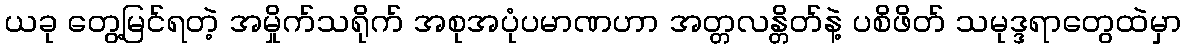
ယခု တွေ့မြင်ရတဲ့ အမှိုက်သရိုက် အစုအပုံပမာဏဟာ အတ္တလန္တိတ်နဲ့ ပစိဖိတ် သမုဒ္ဒရာတွေထဲမှာ